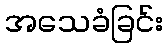
အသေခံခြင်း